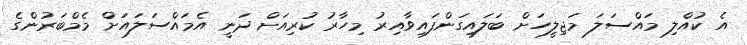
އެ ކުއްލި މައްސަލަ މަޖިލީހަށް ބަލައިގަންފައިވާއިރު މިހާރު ކުރިއަށް ދަނީ އެމައްސަލައަށް މެމްބަރުންގެ